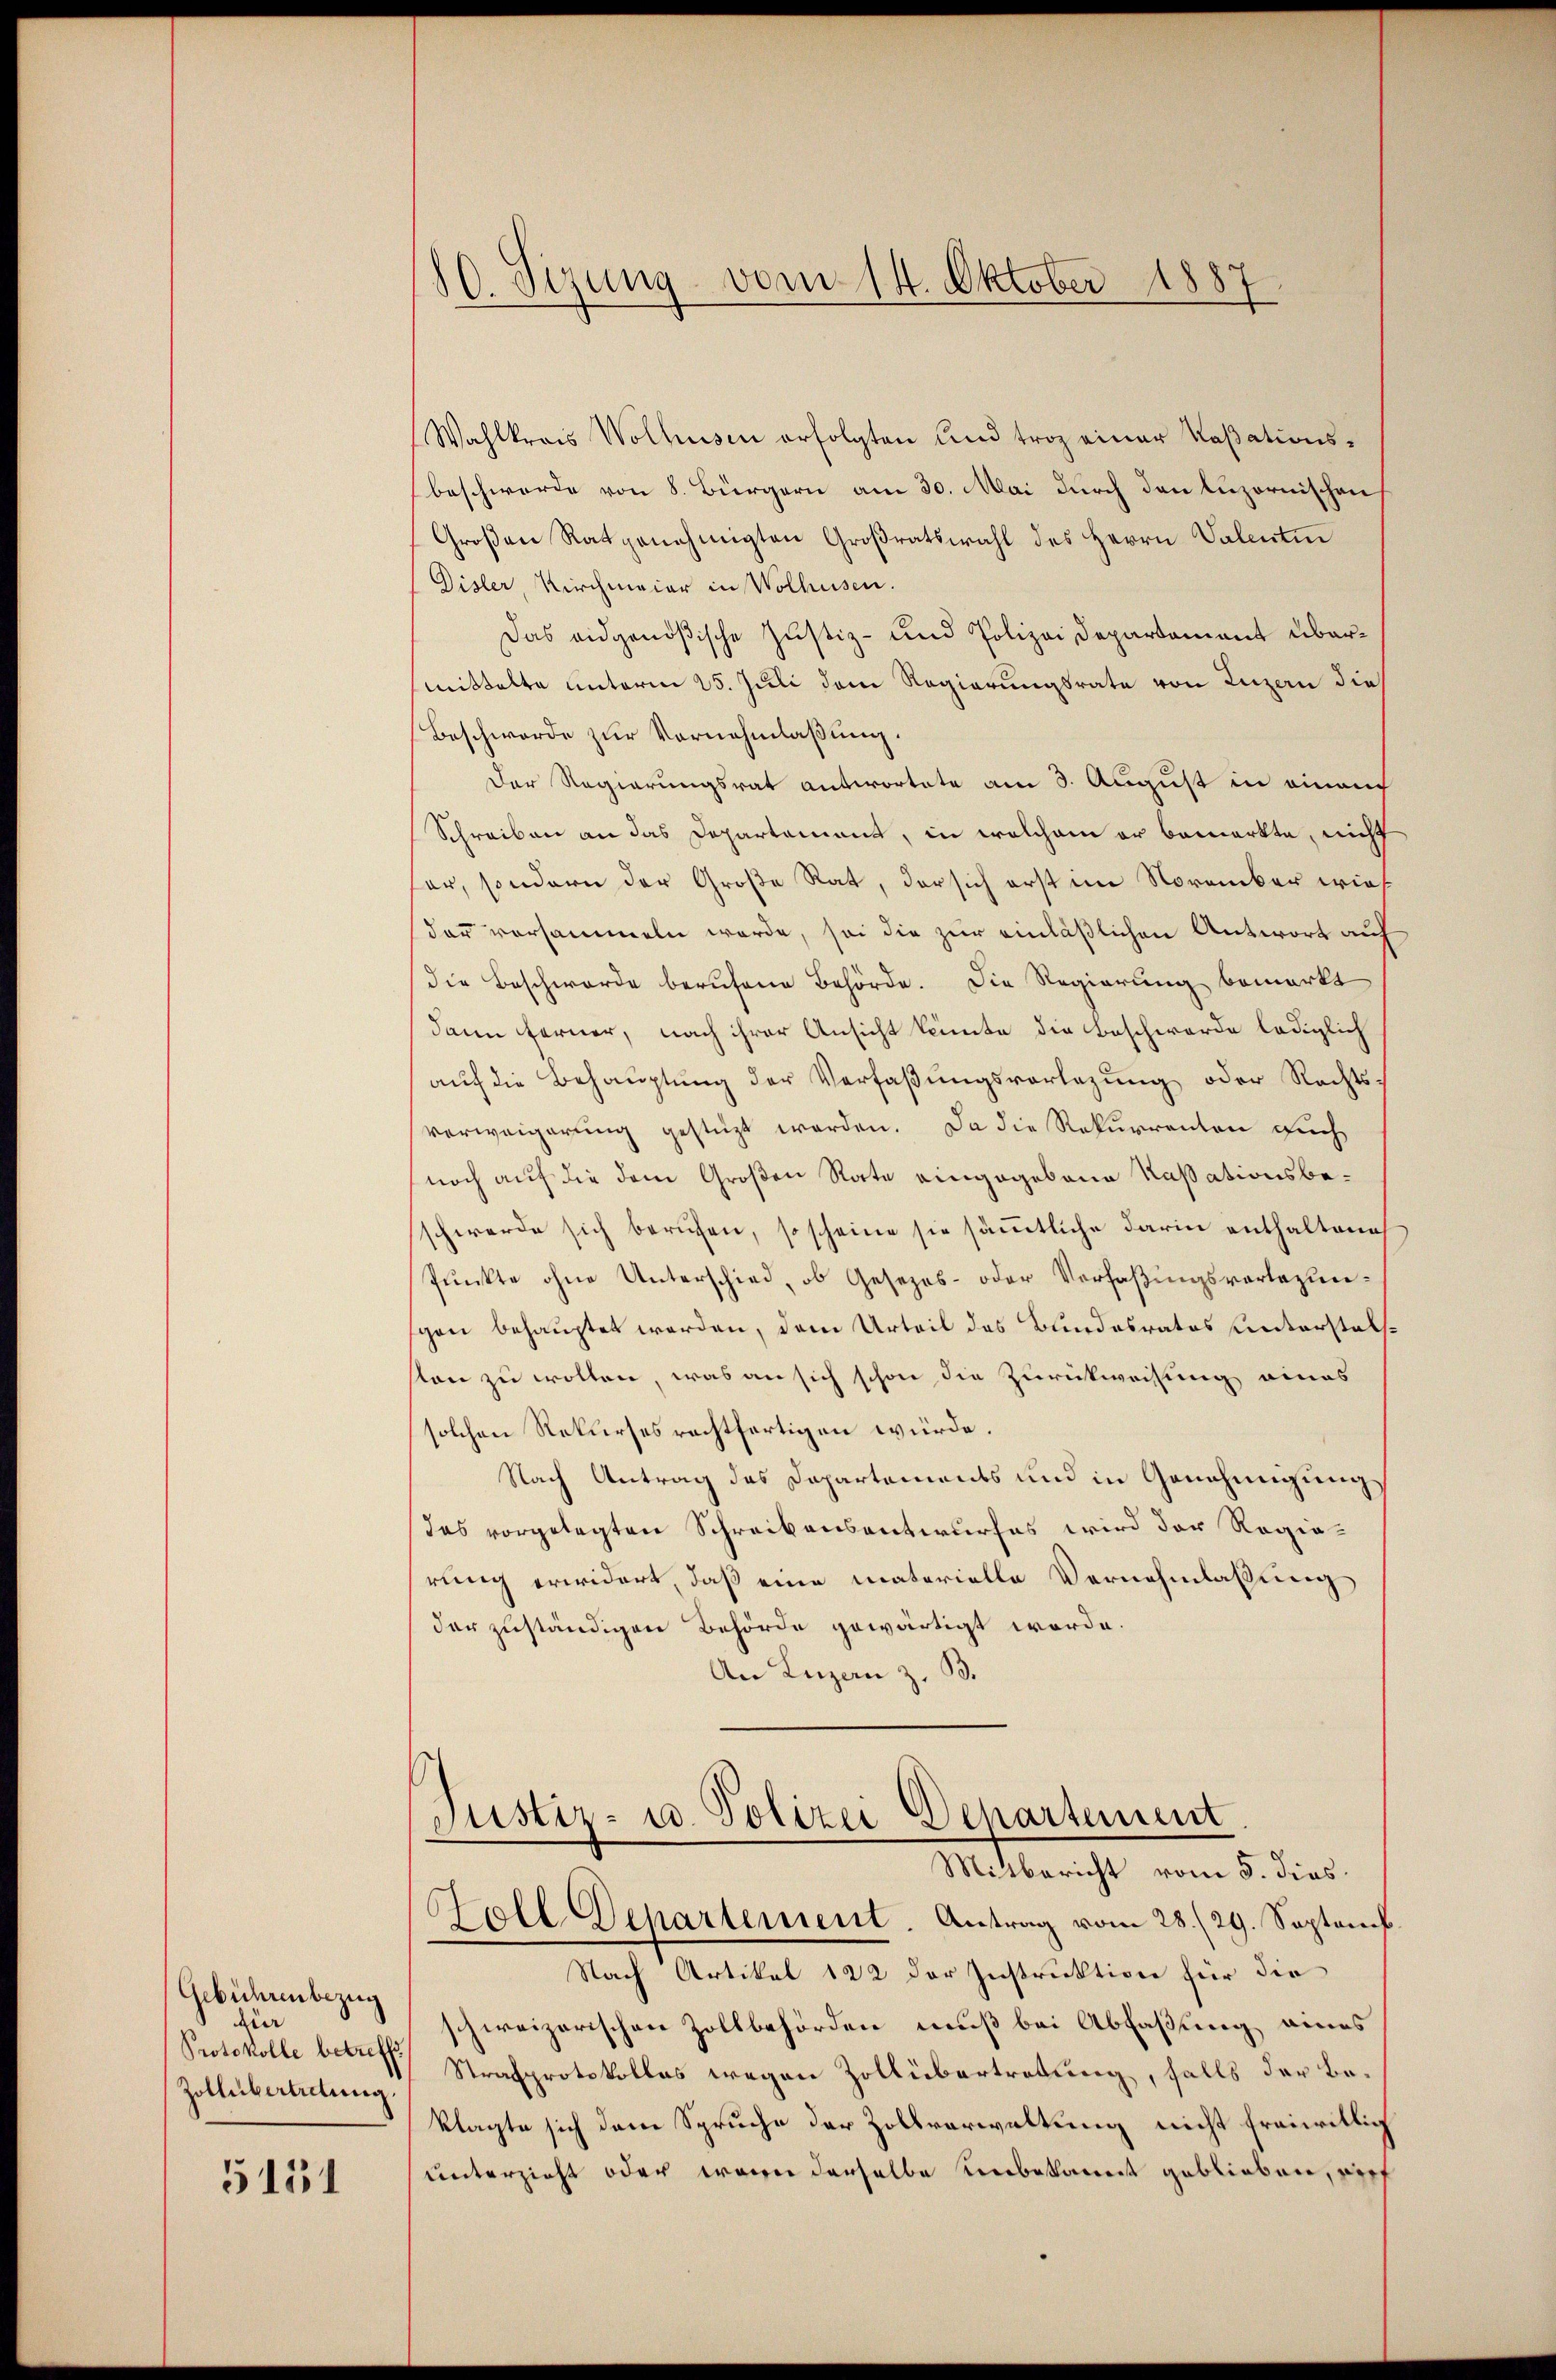
Gebührenbezug
für
Protokolle betreffe
Zollübertretung.

5131

80. Sizung vom 14. Oktober 1887

Wahlkreis Wolhusen erfolgten und trag einer Kaβationsbeschwerde von 8. Bürgern am 30. Mai durch den luzornischen
Großen Rat genehmigten Großratswahl des Herrn Valentin
Disler, Kirchmaier in Wolhusen.
Das eidgenößische Justiz- und Polizei Departement übermittelte unterm 25. Juli dem Regierungsrate von Luzern die
Beschwerde zur Vernehmlaßung.
Der Regierungsrat antwortete am 3. August in einem
Schreiben an das Departement, in welchem er bemerkte, nicht
er, sondern der Große Rat, der sich erst im November wie
dar versammeln werde, sei die zur einläßlichen Antwort auf
(die Beschwerde berufene Behörde. Die Regierung bemerkt
dann ferner, nach ihrer Ansicht könnte die Beschwerde lediglich
auf die Behauptung der Verfaßungsvorlegung oder Rechts-
verweigerung gestüzt werden. Da die Rekurrenten auch
noch auf die dem Großen Rate eingegebene Kaßationsbeschwerde sich berufen, so scheine sie sämtliche darin enthaltene
Punkte ohne Unterschied, ob Gesezes- oder Verfaßungsvorlegunschon behauptet werden, dem Urteil des Bundesrates unterstelston zu wollen, was an sich schon die Zurückweisung eines
solchen Rekurses rechtfertigen würde.
Nach Antrag des Departements und in Genehmigung
das vorgelegten Schreibensentwurfes wird der Regierung erwidert, daß eine materielle Vernehmlassung
der zuständigen Behörde gewärtigt werde.
An Luzan z. B.
Justiz- u. Polizei Departement
Mitbericht vom 5. dies
Zoll Departement. Antrag vom 28./29. Septemb.
Nach Artikel 122 der Instruktion für die
schweizerischen Zollbehörden muß bei Abfaßung eines
Strafprotokolles wegen Zollübertretung, falls der Beklagte sich dem Spruche der Zollverwaltung nicht freiwillig
unterzieht oder waren derselbe unbekannt geblieben, nich